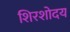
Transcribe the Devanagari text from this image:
शिरशोदय